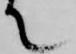
て